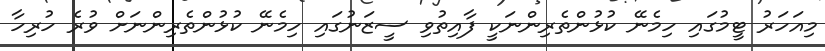
މިއަހަރު ޓީމުގައި ހިމެނޭ ކުޅުންތެރިންނަކީ ފާއިތުވި ސީޒަނުގައި ހިމެނޭ ކުޅުންތެރިންނަށް ވުރެ ހުރިހާ